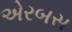
એરબસ